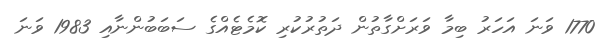
1770 ވަނަ އަހަރު ބިމާ ވަރަށްގާތުން ދަތުރުކުރި ކޮމެޓެއްގެ ސަބަބުންނާއި 1983 ވަނަ